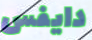
دايفس